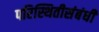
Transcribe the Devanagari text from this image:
परिस्थितीसंबंधी